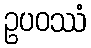
ဥပဝဿံ